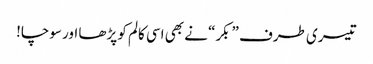
تیسری طرف ”بکر“ نے بھی اسی کالم کو پڑھا اور سوچا!